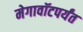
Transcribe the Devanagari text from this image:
मेगावॉटपर्यंत